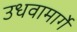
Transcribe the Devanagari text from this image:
उधवामार्गे